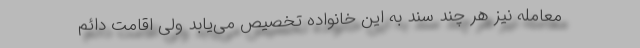
معامله نیز هر چند سند به این خانواده تخصیص می‌یابد ولی اقامت دائم